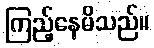
ကြည့်နေမိသည်။